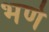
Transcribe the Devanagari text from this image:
भणे